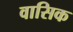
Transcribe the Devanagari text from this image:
वासिक